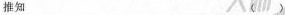
推知 ( )